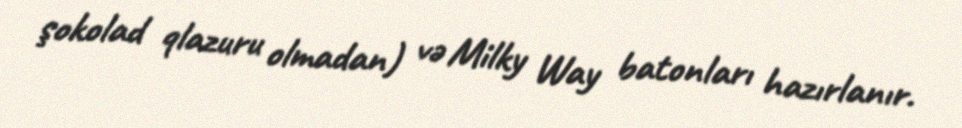
şokolad qlazuru olmadan) və Milky Way batonları hazırlanır.